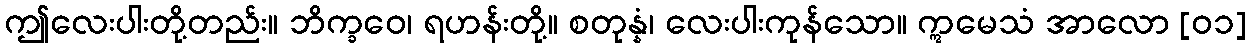
ဤလေးပါးတို့တည်း။ ဘိက္ခဝေ၊ ရဟန်းတို့။ စတုန္နံ၊ လေးပါးကုန်သော။ ဣမေသံ အာလော [၀၁]